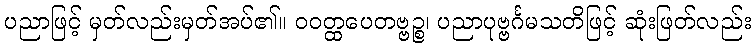
ပညာဖြင့် မှတ်လည်းမှတ်အပ်၏။ ဝဝတ္ထပေတဗ္ဗဉ္စ၊ ပညာပုဗ္ဗင်္ဂမသတိဖြင့် ဆုံးဖြတ်လည်း